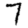
Digit: 7